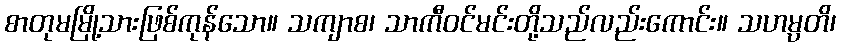
စာတုမမြို့သားဖြစ်ကုန်သော။ သကျာစ၊ သာကီဝင်မင်းတို့သည်လည်းကောင်း။ သဟမ္ပတိ၊